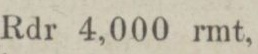
Rdr 4,000 rmt,